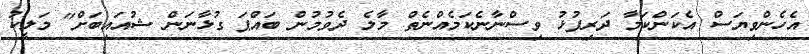
އެހެންވިޔަސް އެކަންކަމާ ދަރިފުޅު ވިސްނާނެކަމެއްނެތް މާލެ ދެވުމުން ބައްޕަ ގުޅާނަން ޝުއައިބަށް" މަލީކު